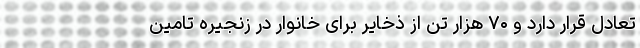
تعادل قرار دارد و ۷۰ هزار تن از ذخایر برای خانوار در زنجیره تامین